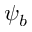
\psi _ { b }